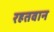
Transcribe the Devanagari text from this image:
रहतवान